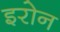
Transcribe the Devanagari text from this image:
इरोन